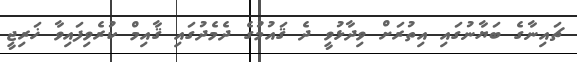
ޗައިނާގެ ބަޔާނުގައި އިތުރަށް ވިދާޅުވީ ދެ ޤައުމުގެ ދެމެދުގައި ޤާއިމް ކުރެވިފައިވާ ޚަރިޖީ